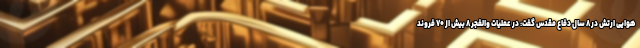
هوایی ارتش در ۸ سال دفاع مقدس گفت: در عملیات والفجر ۸ بیش از ۷۰ فروند